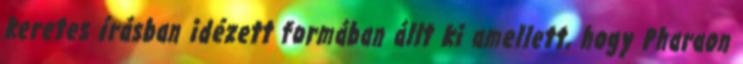
keretes írásban idézett formában állt ki amellett, hogy Pharaon